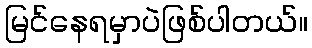
မြင်နေရမှာပဲဖြစ်ပါတယ်။